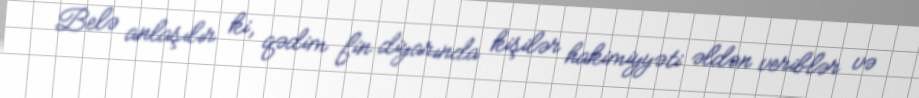
Belə anlaşılır ki, qədim fin diyarında kişilər hakimiyyəti əldən veriblər və